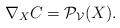
LaTeX: \begin{align*}\nabla_XC = \mathcal{P}_\mathcal{V}(X).\end{align*}